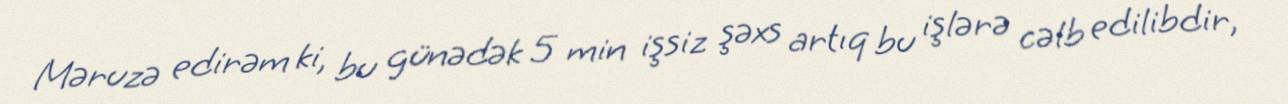
Məruzə edirəm ki, bu günədək 5 min işsiz şəxs artıq bu işlərə cəlb edilibdir,